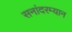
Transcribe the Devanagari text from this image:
सनांदरम्यान